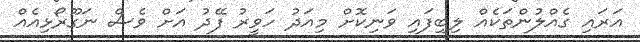
އަރައި ގެއްލުންތަކެއް ލިބިފައި ވަނިކޮށް މިއަދު ހަވީރު ފޭދު އަށް ވެސް ނަގޫރޯޅިއެއް